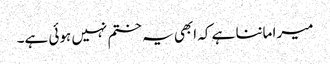
میرا ماننا ہے کہ ابھی یہ ختم نہیں ہوئی ہے۔